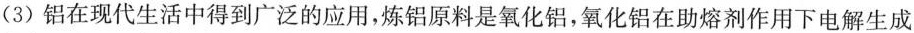
(3)铝在现代生活中得到广泛的应用，炼铝原料是氧化铝，氧化铝在助熔剂作用下电解生成